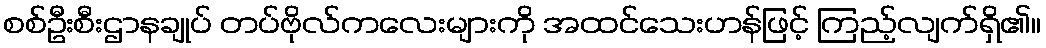
စစ်ဦးစီးဌာနချုပ် တပ်ဗိုလ်ကလေးများကို အထင်သေးဟန်ဖြင့် ကြည့်လျက်ရှိ၏။